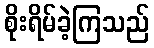
စိုးရိမ်ခဲ့ကြသည်